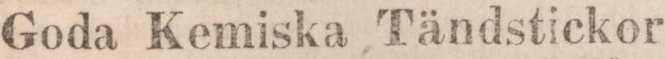
Goda Kemiska Tändstickor